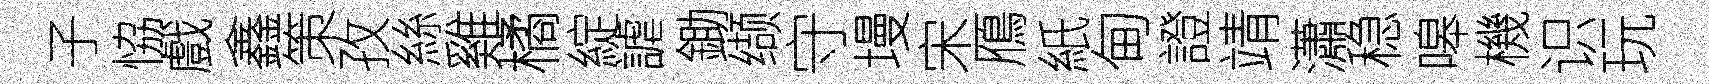
子恊戲鑫策孜絲雞橘綻謔鋤缬守墁宋鴈紙甸證靖瀟稳嗥機识玩